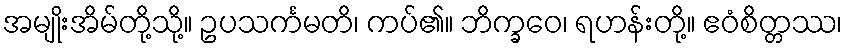
အမျိုးအိမ်တို့သို့။ ဥပသင်္ကမတိ၊ ကပ်၏။ ဘိက္ခဝေ၊ ရဟန်းတို့။ ဧဝံစိတ္တဿ၊